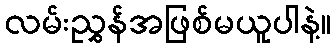
လမ်းညွှန်အဖြစ်မယူပါနဲ့။